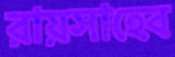
রায়সাহেব